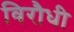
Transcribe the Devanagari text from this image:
विरौधी